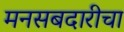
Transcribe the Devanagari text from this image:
मनसबदारीचा